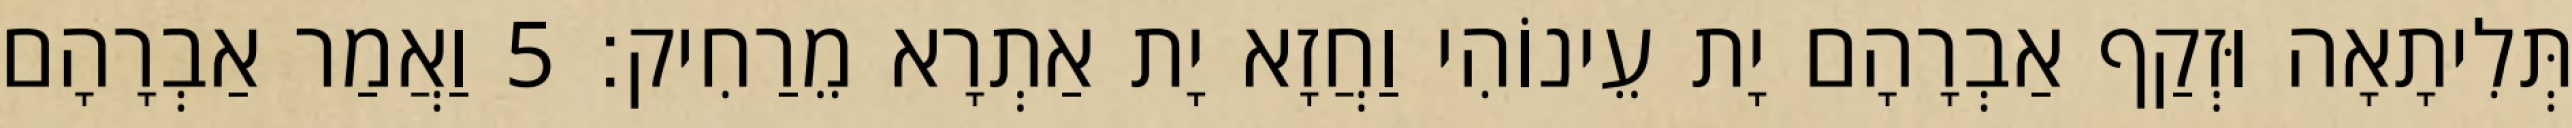
תְּלִיתָאָה וּזְקַף אַבְרָהָם יָת עֵינוֹהִי וַחֲזָא יָת אַתְרָא מֵרַחִיק׃ 5 וַאֲמַר אַבְרָהָם